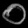
Digit: ၀